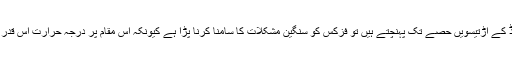
مگر جیسے ہی سائنسدان ذرا پیچھے جاتے ہوئے ایک ملی سکینڈ کے اڑتیسویں حصے تک پہنچتے ہیں تو فزکس کو سنگین مشکلات کا سامنا کرنا پڑا ہے کیونکہ اس مقام پر درجہ حرارت اس قدر شدید تھا کہ Four Forces of Nature کا وجود ممکن نہیں۔